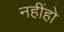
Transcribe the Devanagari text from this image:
नहींहो